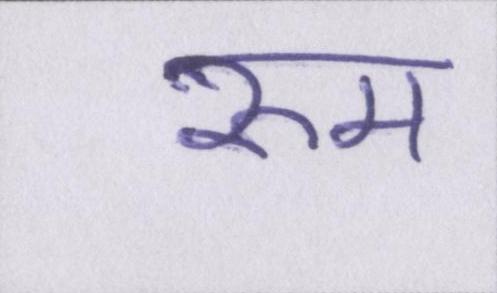
रुम